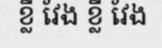
ខ្លី វែង ខ្លី វែង